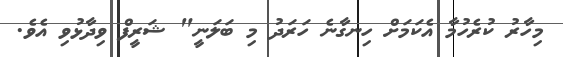
މިހާރު ކުރެހުމާ އެކަމަށް ހިނގާނެ ހަރަދު މި ބަލަނީ" ޝަރީފް ވިދާޅުވި އެވެ.